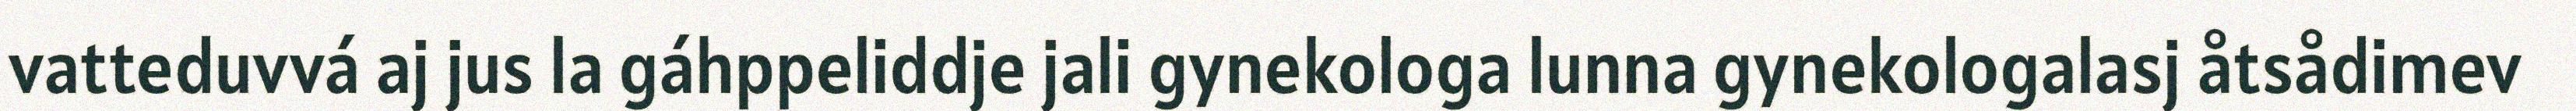
vatteduvvá aj jus la gáhppeliddje jali gynekologa lunna gynekologalasj åtsådimev